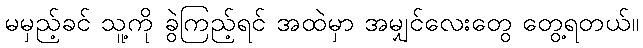
မမှည့်ခင် သူ့ကို ခွဲကြည့်ရင် အထဲမှာ အမျှင်လေးတွေ တွေ့ရတယ်။